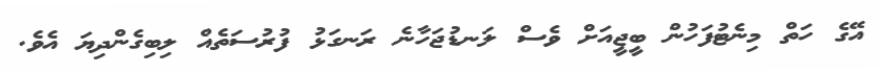
އޭގެ ހަތް މިނެޓުފަހުން ބީޖީއަށް ވެސް ލަނޑުޖަހާނެ ރަނގަޅު ފުރުސަތެއް ލިބިގެންދިޔަ އެވެ.